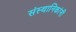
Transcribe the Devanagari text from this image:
संस्थानिकांनीं